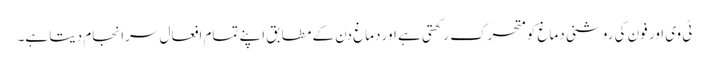
ٹی وی اور فون کی روشنی دماغ کو متحرک رکھتی ہے اور دماغ دن کے مطابق اپنے تمام افعال سرانجام دیتا ہے۔